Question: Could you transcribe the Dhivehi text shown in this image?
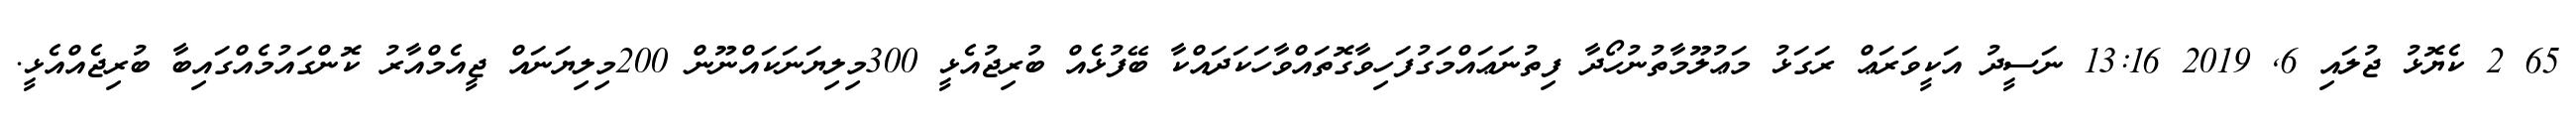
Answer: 65 2 ކެޔޮޅު ޖުލައި 6, 2019 13:16 ނަސީދު އަކީވަރަޢް ރަގަޅު މަޢުލޫމާތުނުހޯދާ ފިތުނަޢައްމަގުފަހިވާގޮތައްވާހަކަދައްކާ ބޭފުޅެއް ބުރިޖުއެޅީ 300މިލިޔަނަކައްނޫން 200މިލިޔަނައް ޖީއެމްއާރު ކޮންގައުމެއްގައިބާ ބުރިޖެއްއެޅީ.